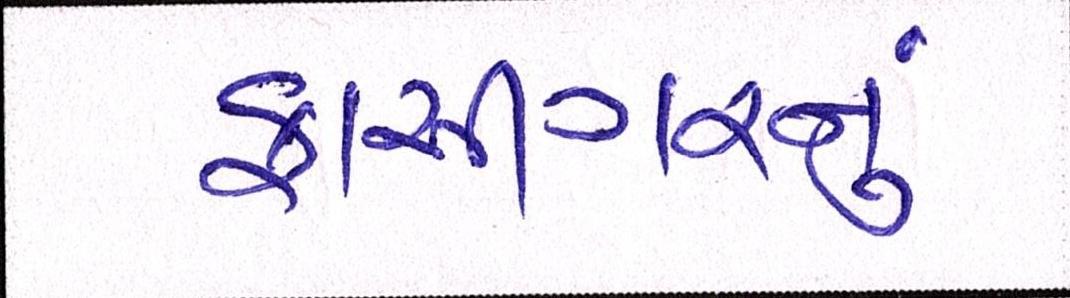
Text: ફાંસીગરનું